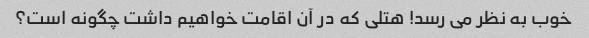
خوب به نظر می رسد! هتلی که در آن اقامت خواهیم داشت چگونه است؟